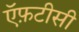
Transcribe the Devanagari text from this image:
ऍफ़टीसी